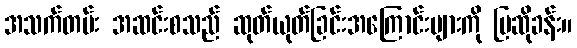
အသက်တမ်း အဆင်းစသည် ဆုတ်ယုတ်ခြင်းအကြောင်းများကို ပြဆိုခန်း။